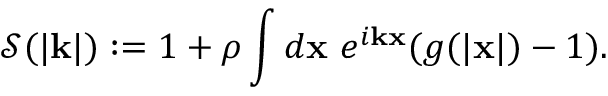
\mathcal S ( | \mathbf k | ) : = 1 + \rho \int d \mathbf x \ e ^ { i \mathbf k \mathbf x } ( g ( | \mathbf x | ) - 1 ) .